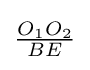
{\tfrac {O_{1}O_{2}}{BE}}